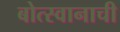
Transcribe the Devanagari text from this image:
बोत्स्वानाची